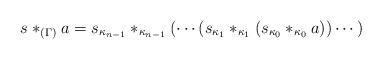
LaTeX: \begin{align*}s*_{(\Gamma)}a=s_{\kappa_{n-1}} *_{\kappa_{n-1}}(\cdots(s_{\kappa_1} *_{\kappa_1}\left(s_{\kappa_0}*_{\kappa_0}a))\cdots\right)\end{align*}